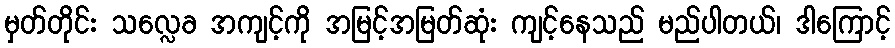
မှတ်တိုင်း သလ္လေခ အကျင့်ကို အမြင့်အမြတ်ဆုံး ကျင့်နေသည် မည်ပါတယ်၊ ဒါကြောင့်